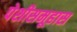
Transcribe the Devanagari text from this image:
पेशीसमूहास